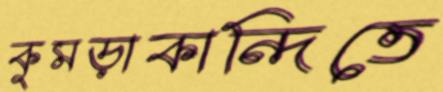
কুমড়াকান্দিতে